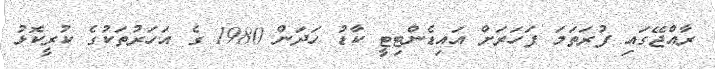
ރާއްޖޭގައި ފުރަތަމަ ފަހަރަށް އައިޑެންޓިޓީ ކާޑު ހަދަން 1980 ގެ އަހަރުތަކުގެ ކުރީކޮޅު